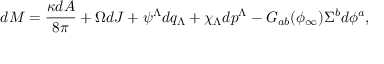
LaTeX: d M = { \frac { \kappa d A } { 8 \pi } } + \Omega d J + \psi ^ { \Lambda } d q _ { \Lambda } + \chi _ { \Lambda } d p ^ { \Lambda } - G _ { a b } ( \phi _ { \infty } ) \Sigma ^ { b } d \phi ^ { a } ,